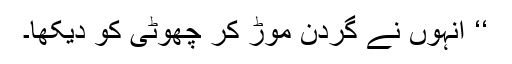
‘‘ انہوں نے گردن موڑ کر چھوٹی کو دیکھا۔